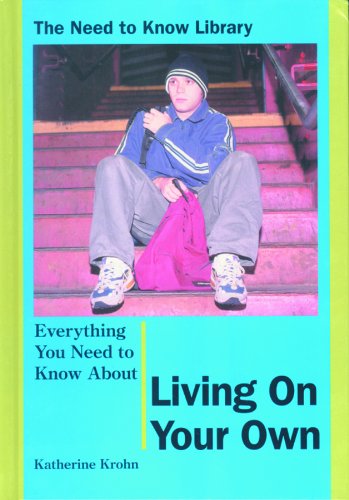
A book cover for Everything You Need to Know About Living on Your Own (Need to Know Library); Katherine E. Krohn; Teen & Young Adult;